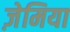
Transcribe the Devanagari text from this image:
ज़ेमिया